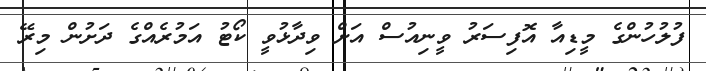
ފުލުހުންގެ މީޑިއާ އޮފިސަރު ވީނިއުސް އަށް ވިދާޅުވީ ކޯޓު އަމުރެއްގެ ދަށުން މިރޭ